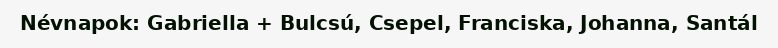
Névnapok: Gabriella + Bulcsú, Csepel, Franciska, Johanna, Santál